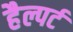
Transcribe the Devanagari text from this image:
हैल्पर्ट